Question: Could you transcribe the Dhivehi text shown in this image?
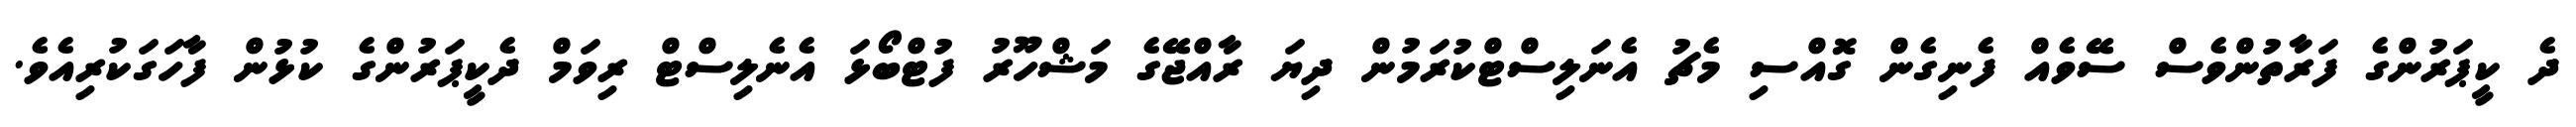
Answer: ދެ ކީޕަރުންގެ ފަރާތުންވެސް ސޭވެއް ފެނިގެން ގޮއްސި މެޗު އެނަލިސްޓްކުރަމުން ދިޔަ ރާއްޖޭގެ މަޝްހޫރު ފުޓްބޯޅަ އެނެލިސްޓް ރިވަމް ދެކީޕަރުންގެ ކުޅުން ފާހަގަކުރިއެވެ.